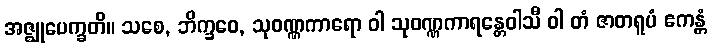
အဇ္ဈုပေက္ခတိ။ သစေ, ဘိက္ခဝေ, သုဝဏ္ဏကာရော ဝါ သုဝဏ္ဏကာရန္တေဝါသီ ဝါ တံ ဇာတရူပံ ဧကန္တံ